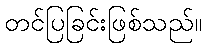
တင်ပြခြင်းဖြစ်သည်။